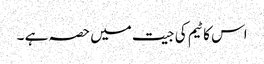
اس کا ٹیم کی جیت میں حصہ ہے ۔